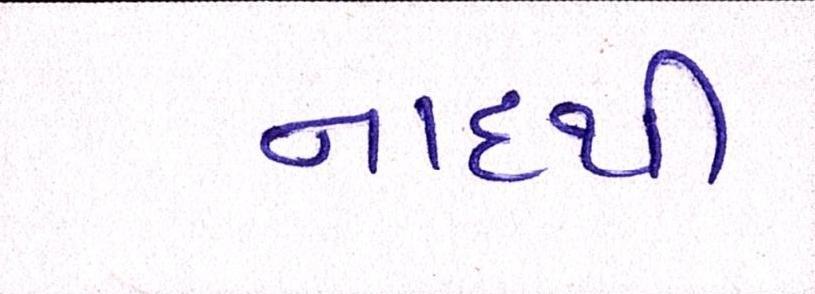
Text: નાદથી